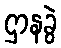
ဌာနခွဲ